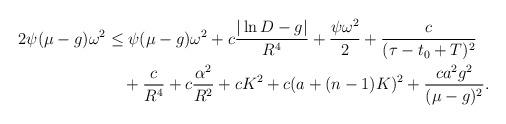
LaTeX: \begin{align*}\begin{aligned}2\psi(\mu-g)\omega^2&\leq \psi(\mu-g)\omega^2+c\frac{|\ln D-g|}{R^4}+\frac{\psi\omega^2}{2}+\frac{c}{(\tau-t_0+T)^2}\\&\,\,\,\,\,\,+\frac{c}{R^4}+c\frac{\alpha^2}{R^2}+cK^2+c(a+(n-1)K)^2+\frac{ca^2g^2}{(\mu-g)^2}.\end{aligned}\end{align*}